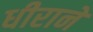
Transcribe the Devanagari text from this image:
धीराने